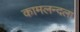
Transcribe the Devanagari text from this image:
कामलन्दला